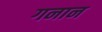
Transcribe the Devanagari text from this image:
गनान